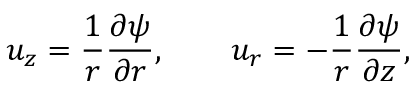
u _ { z } = { \frac { 1 } { r } } { \frac { \partial \psi } { \partial r } } , \qquad u _ { r } = - { \frac { 1 } { r } } { \frac { \partial \psi } { \partial z } } ,